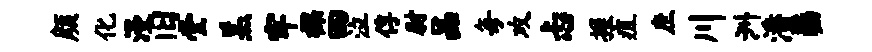
颜化漫旧堂羔牢裸四泣俘尉品每攻忐握疽庶川洲潘瑟